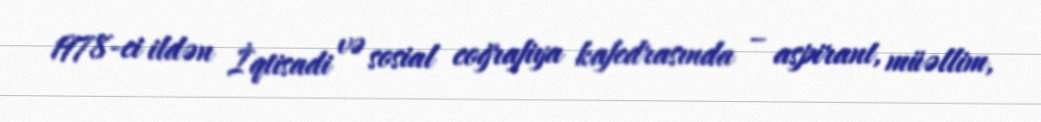
1978-ci ildən İqtisadi və sosial coğrafiya kafedrasında – aspirant, müəllim,